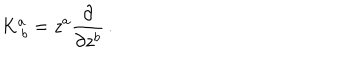
LaTeX: K _ { ~ b } ^ { a } = z ^ { a } { \frac { \partial } { \partial z ^ { b } } } \, .